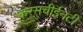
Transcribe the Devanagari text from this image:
करसचीईनटी